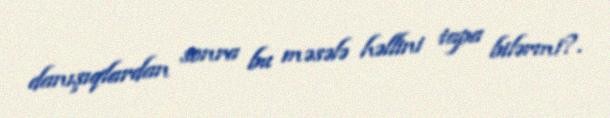
danışıqlardan sonra bu məsələ həllini tapa bilərmi?.